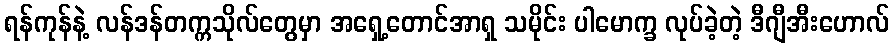
ရန်ကုန်နဲ့ လန်ဒန်တက္ကသိုလ်တွေမှာ အရှေ့တောင်အာရှ သမိုင်း ပါမောက္ခ လုပ်ခဲ့တဲ့ ဒီဂျီအီးဟောလ်